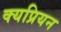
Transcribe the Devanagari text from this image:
क्यप्रियन